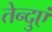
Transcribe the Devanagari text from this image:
तेन्दुएं